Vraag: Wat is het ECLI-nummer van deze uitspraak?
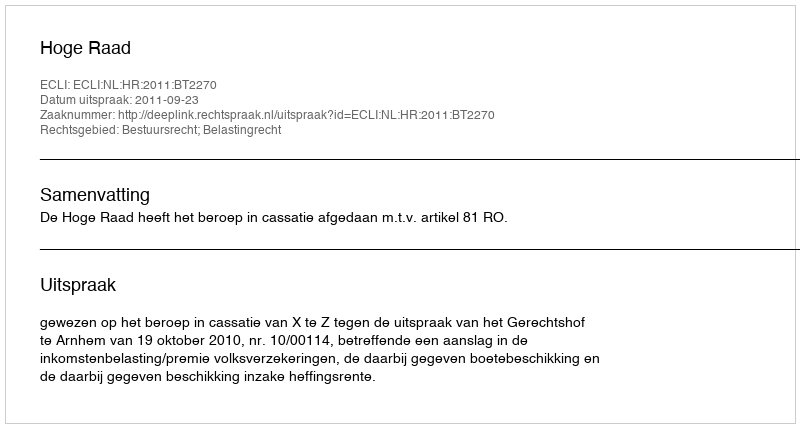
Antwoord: ECLI:NL:HR:2011:BT2270